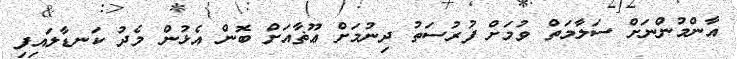
އާންމުންނަށް ސަލާމަތް ވުމަށް ފުރުސަތު ދިނުމަށް ޢޫޡާއަށް ބޮން އެޅުން މެދު ކަނޑާލައިފި